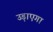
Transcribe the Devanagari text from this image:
उड़ाएगा